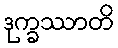
ဒုက္ခဿာတိ